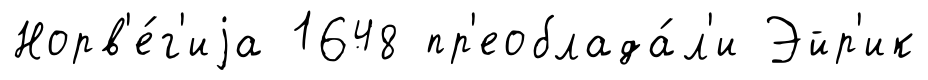
Норв'е́г'иjа 1648 пр'еоблада́л'и Эйр'ик